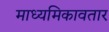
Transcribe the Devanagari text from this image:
माध्यमिकावतार